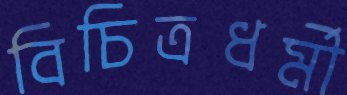
বিচিত্রধর্মী